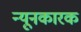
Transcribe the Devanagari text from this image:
न्यूनकारक